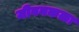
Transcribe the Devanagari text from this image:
जीवनकळा